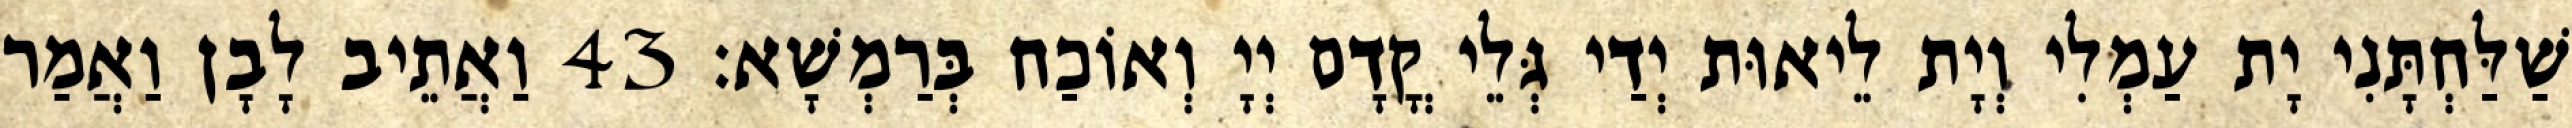
שַׁלַּחְתָּנִי יָת עַמְלִי וְיָת לֵיאוּת יְדַי גְּלֵי קֳדָם יְיָ וְאוֹכַח בְּרַמְשָׁא׃ 43 וַאֲתֵיב לָבָן וַאֲמַר